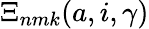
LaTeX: \Xi_{nmk}(a,i,\gamma)